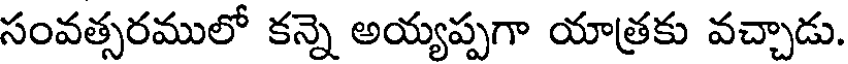
సంవత్సరములో కన్నె అయ్యప్పగా యాత్రకు వచ్చాడు.